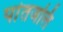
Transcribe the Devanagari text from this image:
पांतजलि